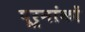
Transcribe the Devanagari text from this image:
पूर्नांकों